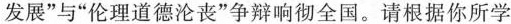
发展”与”伦理道德沦丧”争辩响彻全国。请根据你所学